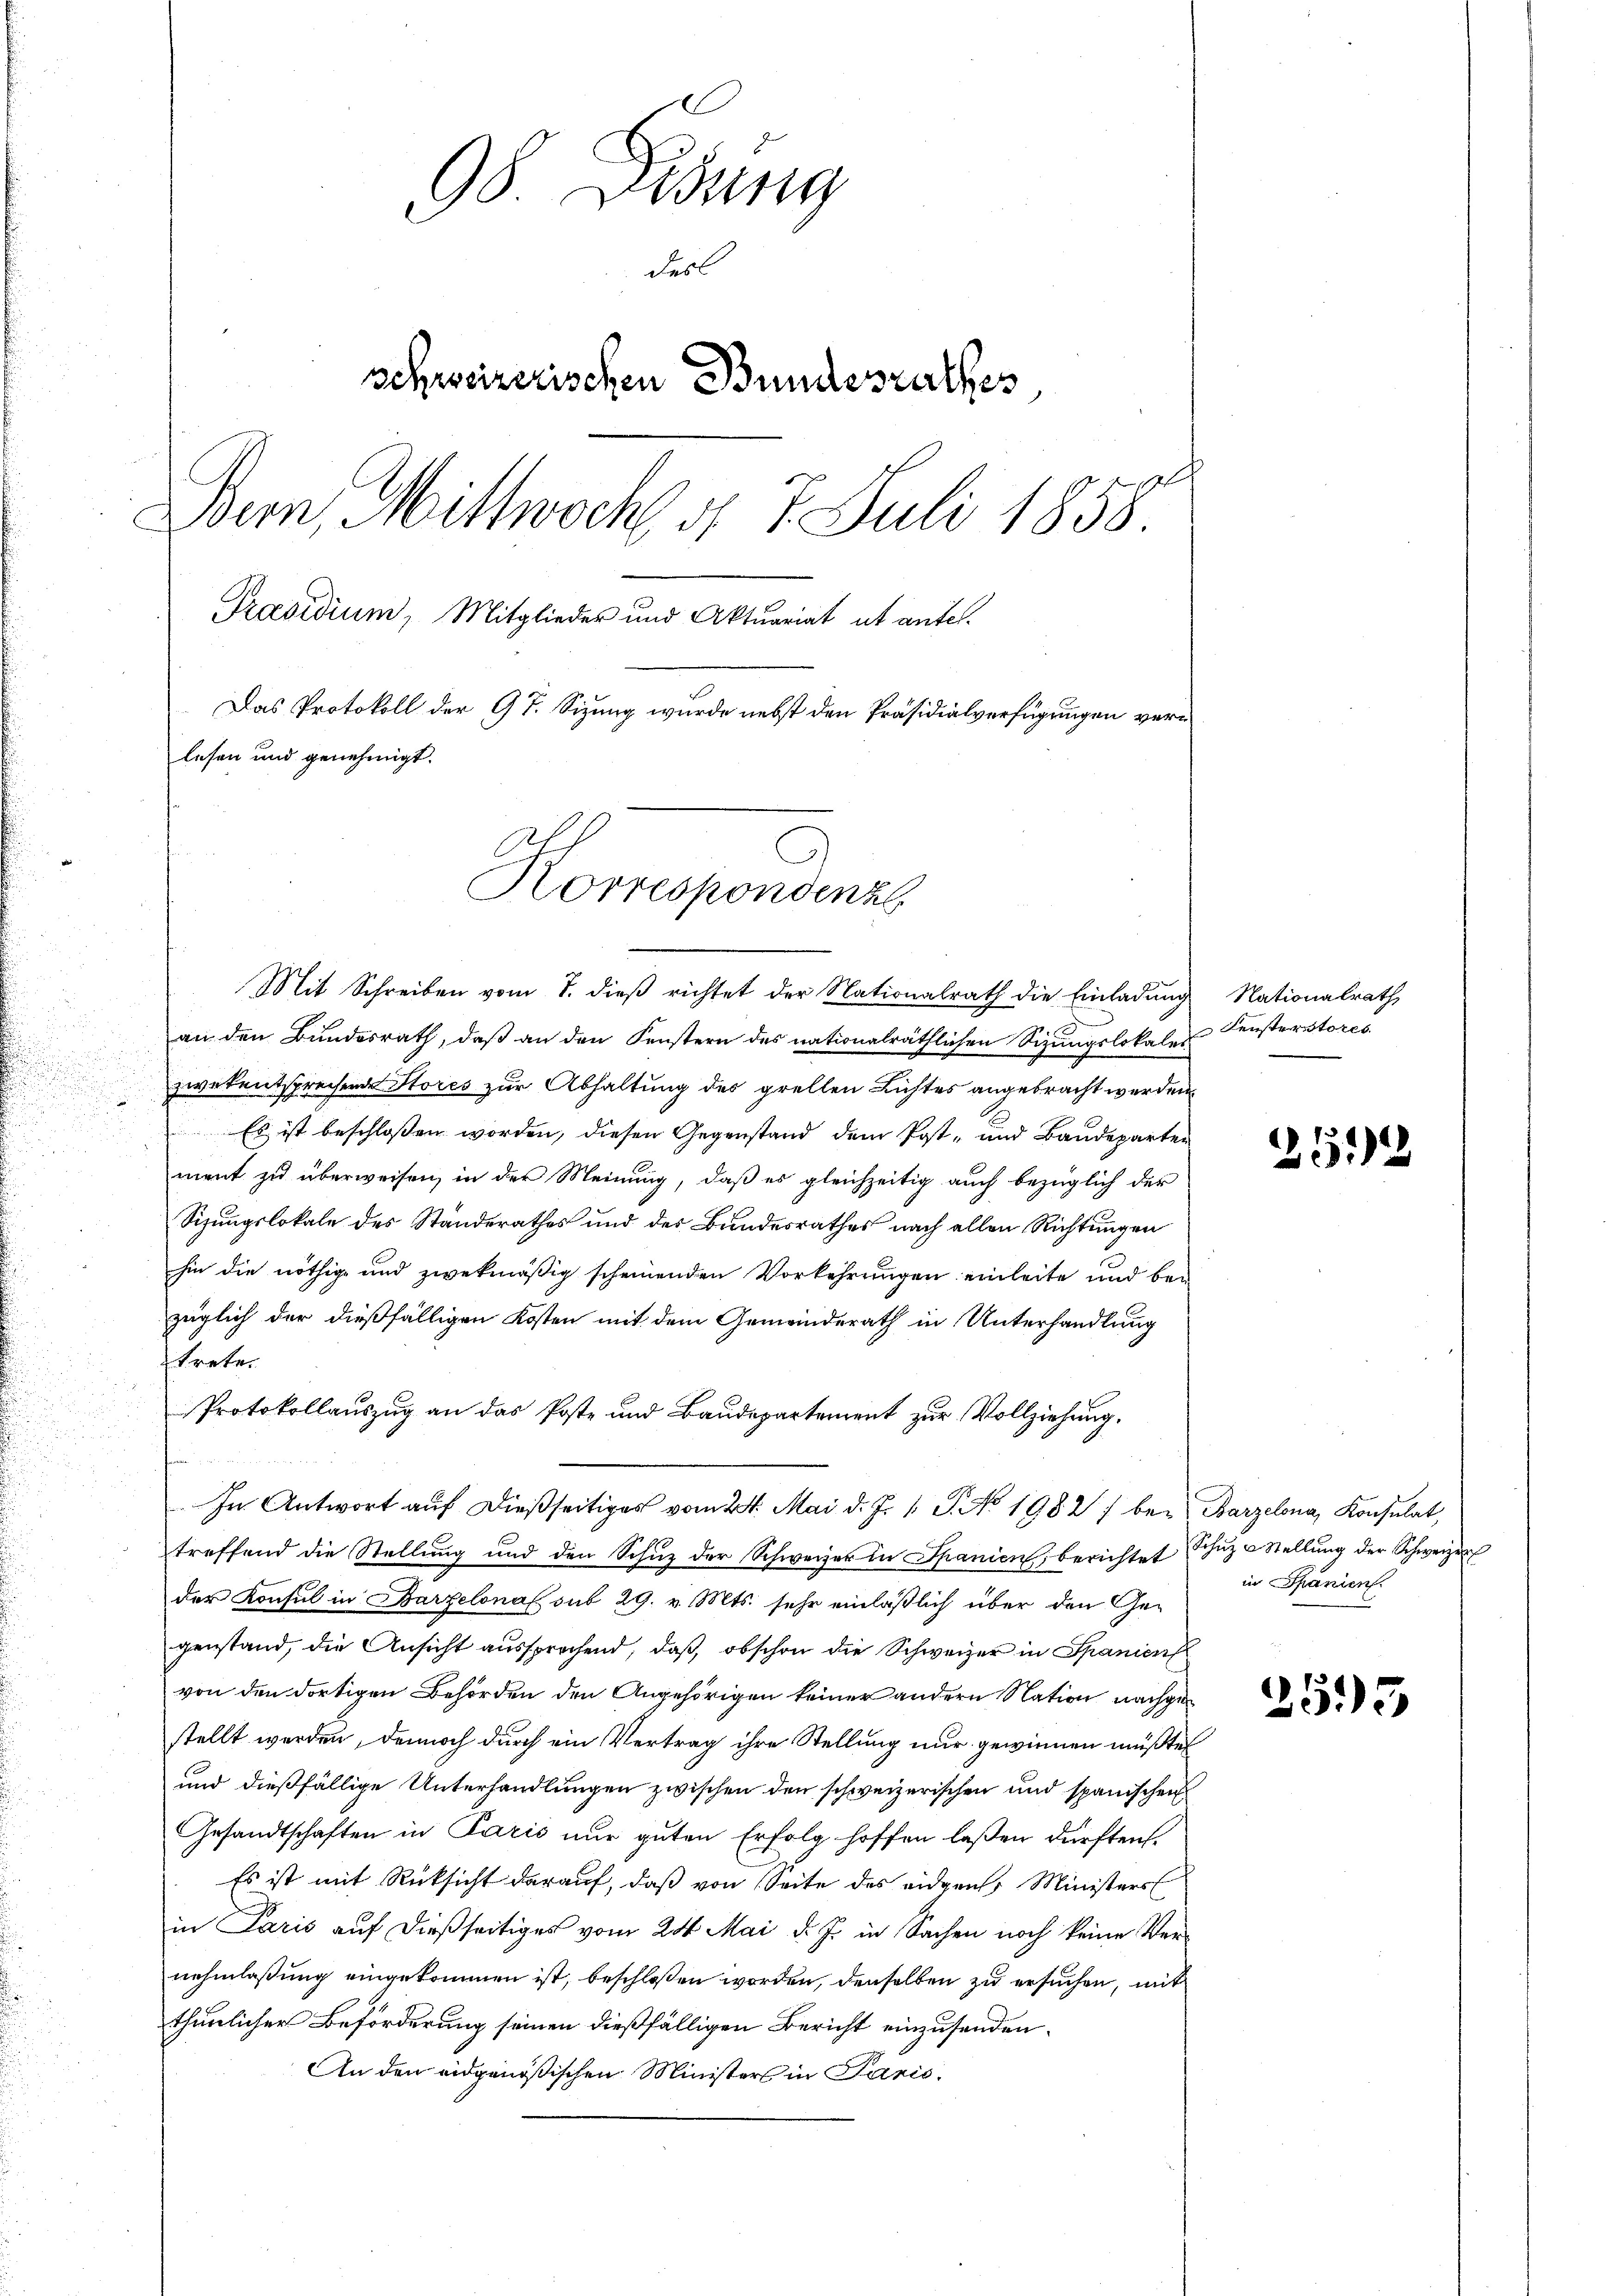
98 Didung
e
desl
schweizerischen Bundesrathes,
Bern, Mittwoch d. 7. Juli 1858.
Präsidium, Mitglieder und Aktuariat et antel¬
Das Protokoll der GT. Sizung wurde nebst den Präsidialverfügungen verlesen und genehmigt.

Korrespondenzl

Mit Schreiben vom 7. dieß richtet der Nationalrath die Einladung Nationalrath,
an den Bundesrath, daß an den Fenstern des nationalräthlichen Sizŭngslokaler Fensterstores
zwekentsprechende Stores zur Abhaltung des grellen Lichtes angebracht werden.
Es ist beschloßen worden, diesen Gegenstand dem Post- und Baudeparten
ment zu überweisen, in der Meinung, daß es gleichzeitig auch bezüglich der
Sizungslokale des Standerathes und des Bundesrathes nach allen Richtungen
hin die nöthige und zwekmäßig scheinenden Vorkehrungen einleite und bei
züglich der dießfälligen Kosten mit dem Gemeinderath in Unterhandlung
ftrete.
Protokollauszug an das Poste und Baudepartement zur Vollziehung,
In Antwort auf dießseitiges vom 24. Mai d. J. 1. P. No 1982 / bei Barzelona, Konsulat,
treffend die Stellŭng und den Schŭz der Schweizer in Spanien, berichtet hŭz Stellŭng der Schweizer
der Konsul in Barzelonal sub 29. v. Mts. sehr einläßlich über den Gegenstand, die Ansicht aussprachend, daß obschon die Schweizer in Spanien
von den dortigen Behörden den Angehörigen keiner andern Nation nachgestellt werden, dennoch durch ein Vertrag ihre Stellung nur gewinnen müßte,
und dießfällige Unterhandlungen zwischen den schweizerischen und spanischen
Gesandtschaften in Paris nur guten Erfolg hoffen laßen dürften.
Es ist mit Rücksicht darauf, daß von Seite des eidgen. Ministers
in Paris auf dießseitiges vom 24. Mai d. J. in Sachen noch keine Ver-
nehmlassung eingekommen ist, beschloßen worden, denselben zu ersuchen, mit
thunlicher Beförderung seinen dießfälligen Bericht einzusenden.
An den eidgenößischen Ministers in Paris.

2512

in Spanien.

255